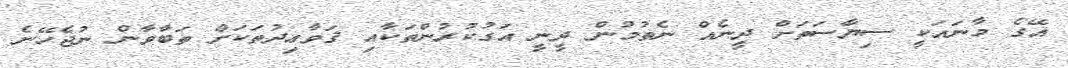
އޭގެ މާނައަކީ ސިޔާސަތަށް ދީނެއް ނެތުމުން ދީނީ އަގުކުރުންތަކާއި ޤަވާޢިދުތަކަށް ތަބާވާން ނުޖެހޭނެ